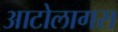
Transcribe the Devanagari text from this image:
आटोलागस